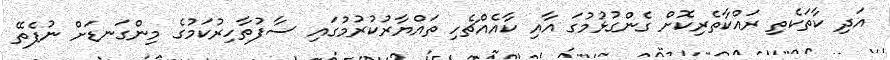
އަދި ކާތަކެތި ރައްކާތެރިކޮށް ގެންގުޅުމުގަ އާއި ކާއެއްޗެހި ތައްޔާރުކުރުމުގައި ސާފުތާހިރުކަމުގެ މިންގަނޑަށް ނުފެތޭ